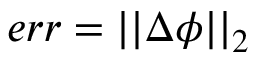
e r r = | | \Delta \phi | | _ { 2 }